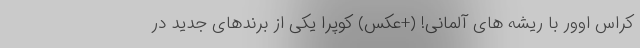
کراس اوور با ریشه های آلمانی! (+عکس) کوپرا یکی از برندهای جدید در